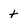
Character: t